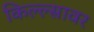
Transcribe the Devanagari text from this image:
किल्ल्सावर